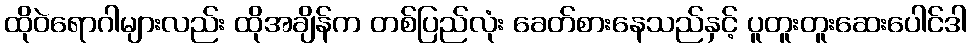
ထိုဝဲရောဂါများလည်း ထိုအချိန်က တစ်ပြည်လုံး ခေတ်စားနေသည်နှင့် ပူတူးတူးဆေးပေါင်ဒါ